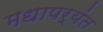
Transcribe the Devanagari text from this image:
मधापर्यंत